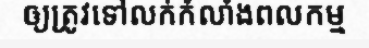
ឲ្យត្រូវទៅលក់កំលាំងពលកម្ម